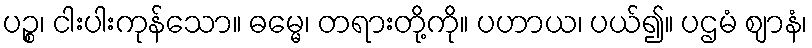
ပဉ္စ၊ ငါးပါးကုန်သော။ ဓမ္မေ၊ တရားတို့ကို။ ပဟာယ၊ ပယ်၍။ ပဌမံ ဈာနံ၊